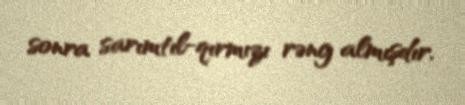
sonra sarımtıl-qırmızı rəng almışdır.